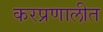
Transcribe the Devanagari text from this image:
करप्रणालीत